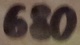
Text: 680